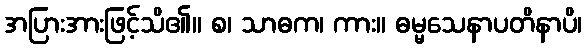
အပြားအားဖြင့်သိ၏။ စ၊ သာဓက၊ ကား။ ဓမ္မသေနာပတိနာပိ၊